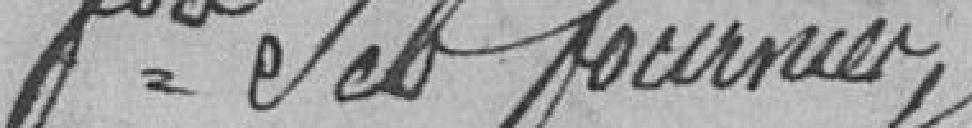
Fournier